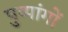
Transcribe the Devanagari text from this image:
पुष्पांगों